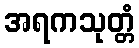
အရကသုတ္တံ